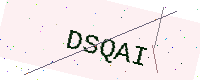
Text: DSQAI